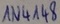
Text: IN4148